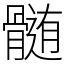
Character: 髄